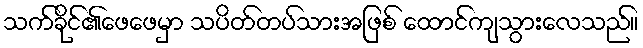
သက်ခိုင်၏ဖေဖေမှာ သပိတ်တပ်သားအဖြစ် ထောင်ကျသွားလေသည်။